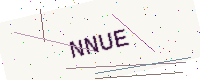
Text: NNUE